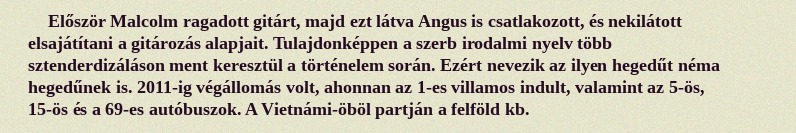
Először Malcolm ragadott gitárt, majd ezt látva Angus is csatlakozott, és nekilátott elsajátítani a gitározás alapjait. Tulajdonképpen a szerb irodalmi nyelv több sztenderdizáláson ment keresztül a történelem során. Ezért nevezik az ilyen hegedűt néma hegedűnek is. 2011-ig végállomás volt, ahonnan az 1-es villamos indult, valamint az 5-ös, 15-ös és a 69-es autóbuszok. A Vietnámi-öböl partján a felföld kb.